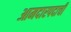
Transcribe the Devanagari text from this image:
आमदारपदाची